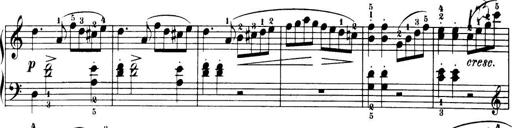
Title: 32 Sonatinas and Rondos for the Piano
Composer: Richard Kleinmichel